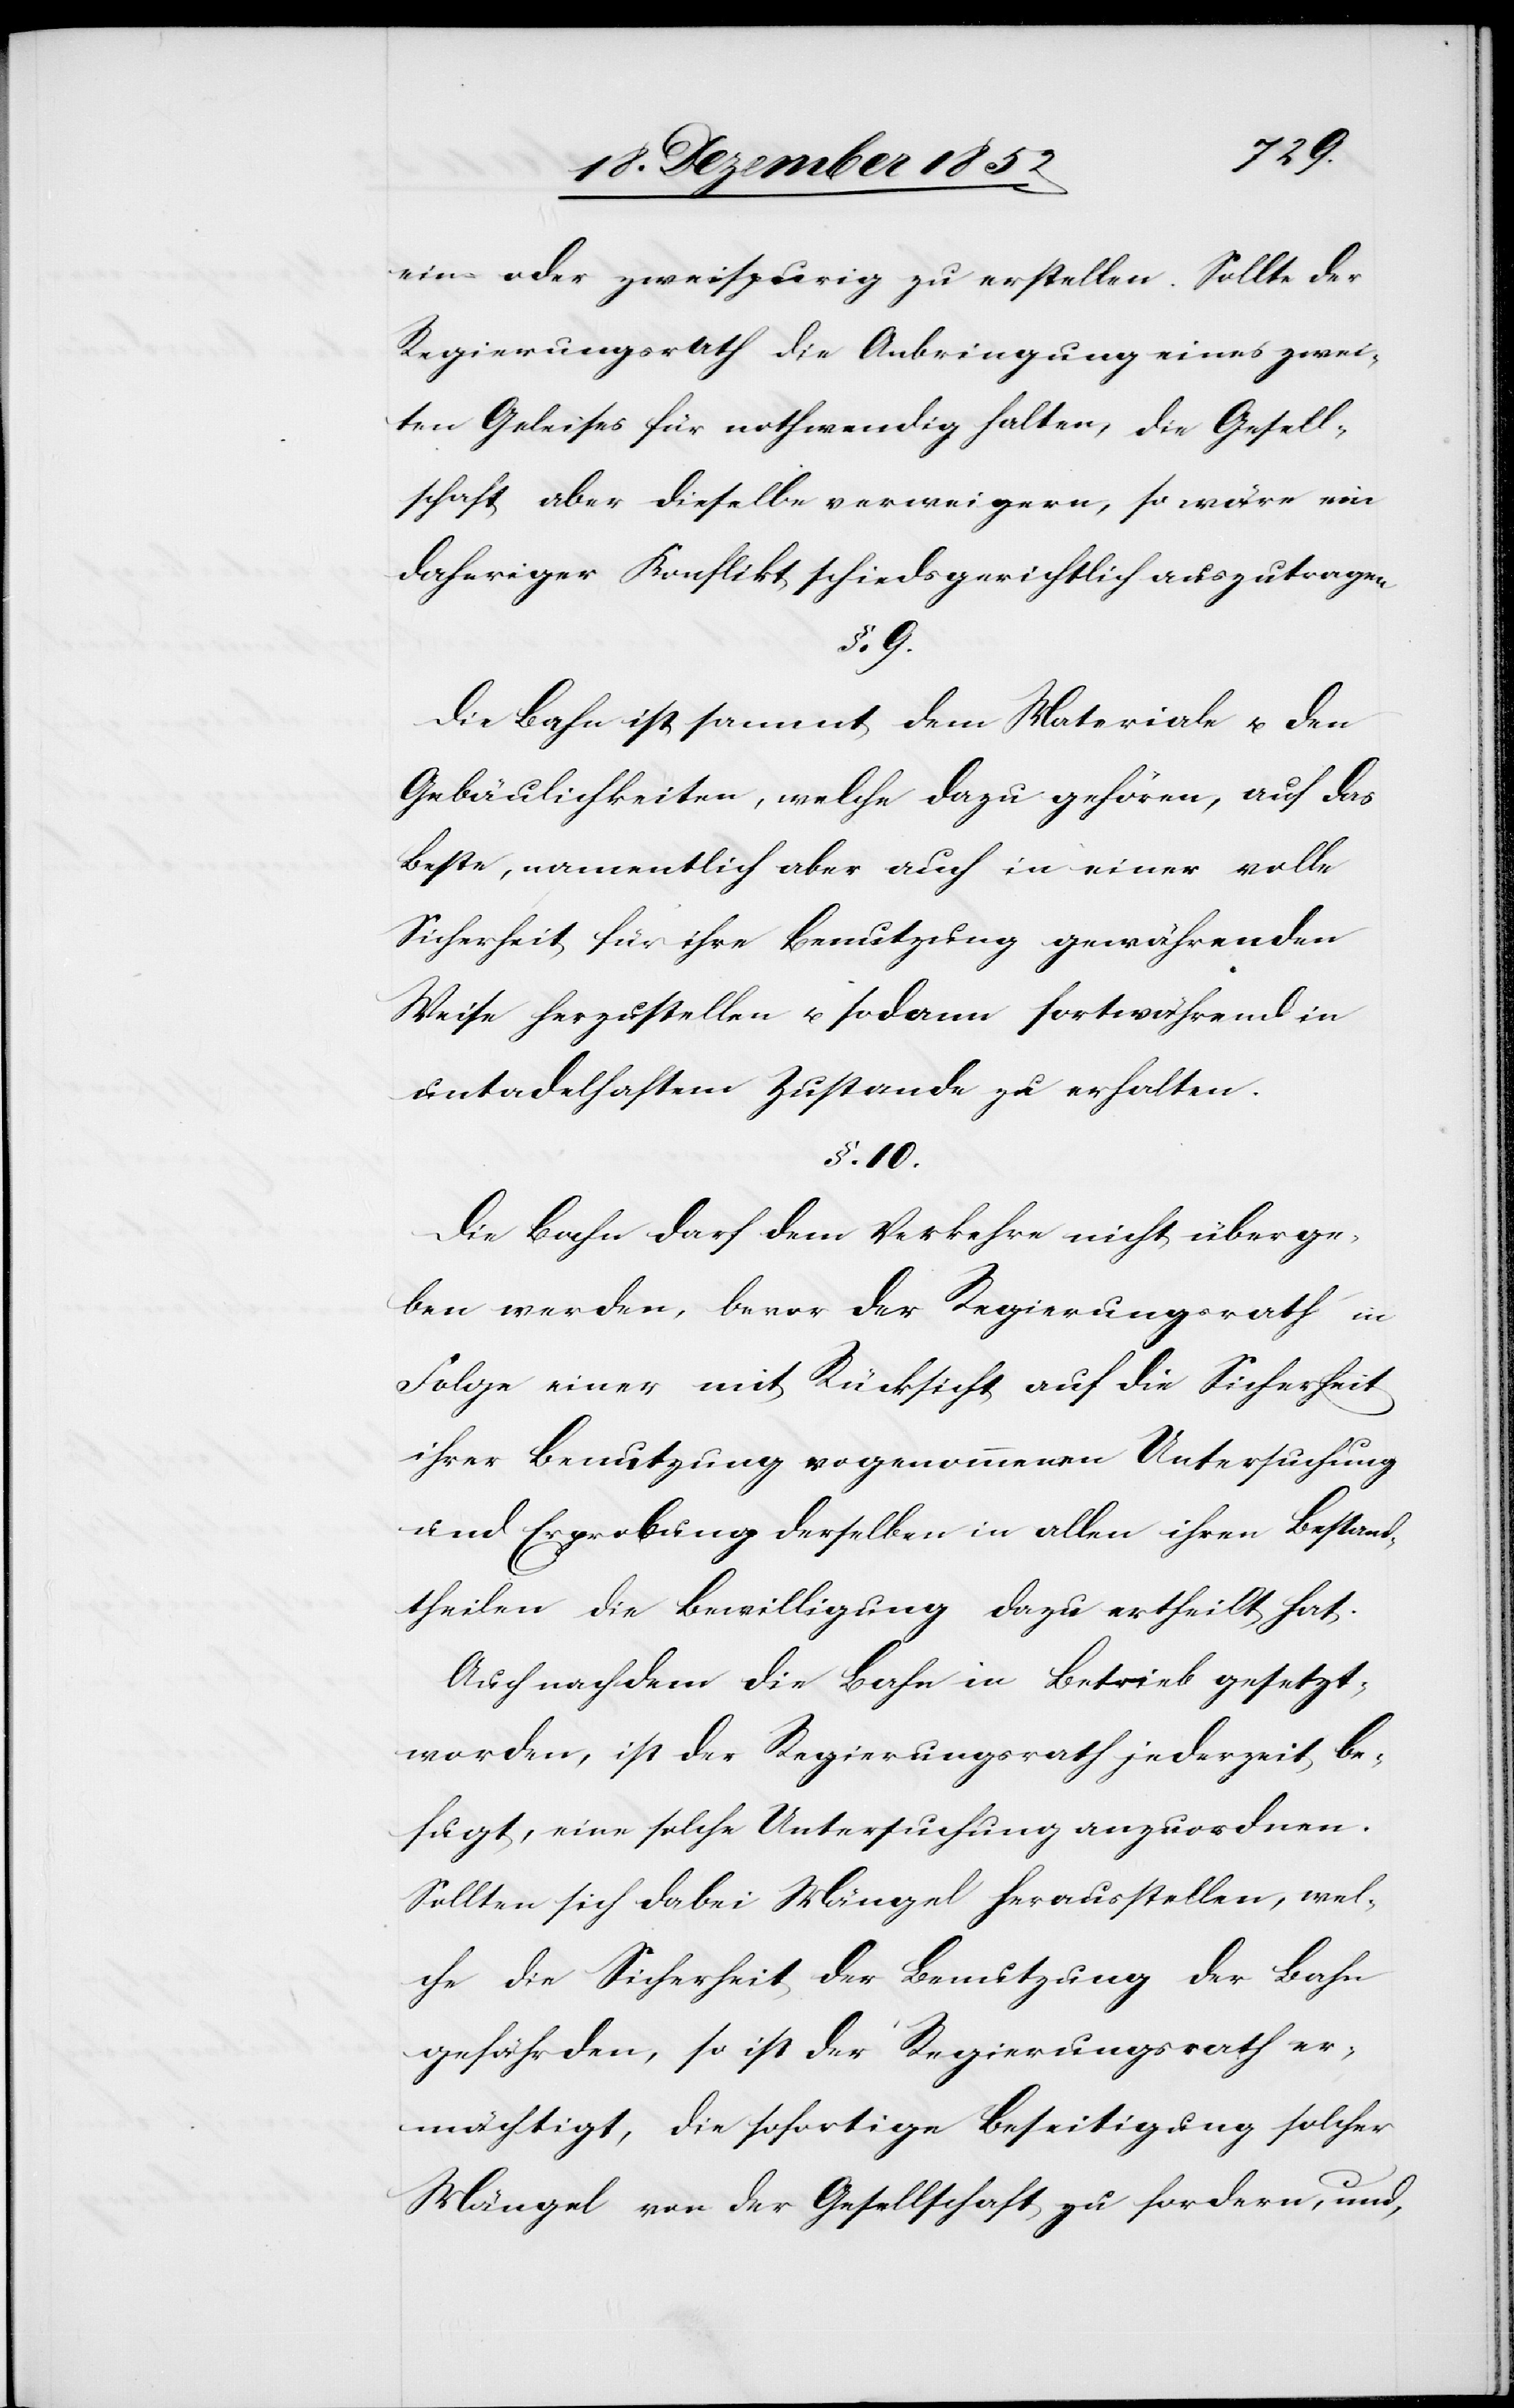
ein- oder zweispurig zu erstellen. Sollte der
Regierungsrath die Anbringung eines zwei¬
ten Geleises für nothwendig halten, die Gesell¬
schaft aber dieselbe verweigern, so wäre ein
daheriger Konflikt schiedsgerichtlich auszutragen
§. 9.
Die Bahn ist sammt dem Materiale u. den
Gebäulichkeiten, welche dazu gehören, auf das
Beste, namentlich aber auch in einer volle
Sicherheit für ihre Benutzung gewährenden
Weise herzustellen u. sodann fortwährend in
untadelhaftem Zustande zu erhalten.
§. 10.
Die Bahn darf dem Verkehre nicht überge¬
ben werden, bevor der Regierungsrath in
Folge einer mit Rücksicht auf die Sicherheit
ihrer Benutzung vo[r]genommenen Untersuchung
und Erprobung derselben in allen ihren Bestand¬
theilen die Bewilligung dazu ertheilt hat.
Auch nachdem die Bahn in Betrieb gesetzt
worden, ist der Regierungsrath jederzeit be¬
fugt, eine solche Untersuchung anzuordnen.
Sollten sich dabei Mängel herausstellen, wel¬
che die Sicherheit der Benutzung der Bahn
gefährden, so ist der Regierungsrath er¬
mächtigt, die sofortige Beseitigung solcher
Mängel von der Gesellschaft zu fordern, und,